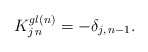
\begin{align*}K^{gl(n)}_{j\, n}=-\delta_{j,\,n-1}.\end{align*}